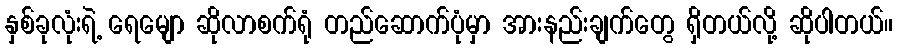
နှစ်ခုလုံးရဲ့ ရေမျော ဆိုလာစက်ရုံ တည်ဆောက်ပုံမှာ အားနည်းချက်တွေ ရှိတယ်လို့ ဆိုပါတယ်။